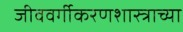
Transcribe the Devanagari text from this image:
जीववर्गीकरणशास्त्राच्या